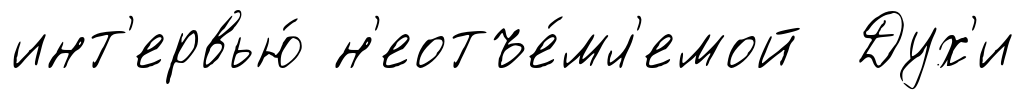
инт'ервью́ н'еотъе́мл'емой Дух'и